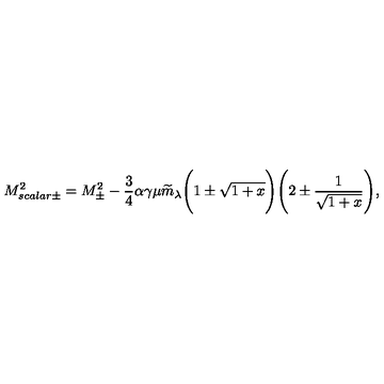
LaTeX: M _ { s c a l a r \pm } ^ { 2 } = M _ { \pm } ^ { 2 } - { \frac { 3 } { 4 } } \alpha \gamma \mu \widetilde { m } _ { \lambda } \Bigg ( 1 \pm \sqrt { 1 + x } \Bigg ) \Bigg ( 2 \pm { \frac { 1 } { \sqrt { 1 + x } } } \Bigg ) ,